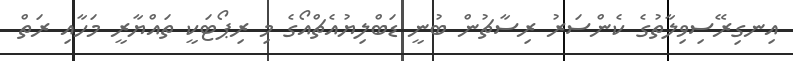
އިނގިރޭސިވިލާތުގެ ކެންސަރު ރިސާޗުން ބުނީ ޑަބްލިޔުއެޗްއޯގެ މި ރިޕޯޓަކީ ތައްޔާރީ މަހާއި ރަތް